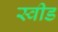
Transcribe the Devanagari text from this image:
स्वीड